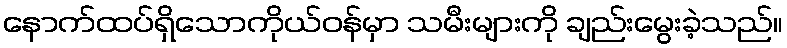
နောက်ထပ်ရှိသောကိုယ်ဝန်မှာ သမီးများကို ချည်းမွေးခဲ့သည်။